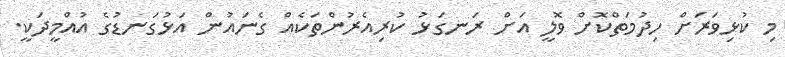
މި ކުޅިވަރަށް ހިދުމަތްކޮށް ވޮލީ އަށް ރަނގަޅު ކުރިއެރުންތަކެއް ގެނައުން އަޅުގަނޑުގެ އުއްމީދަކީ.